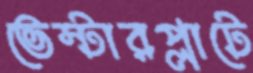
ভেস্টারপ্লাটে